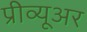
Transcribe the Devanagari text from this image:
प्रीव्यूअर